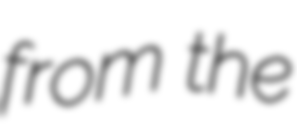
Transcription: from the